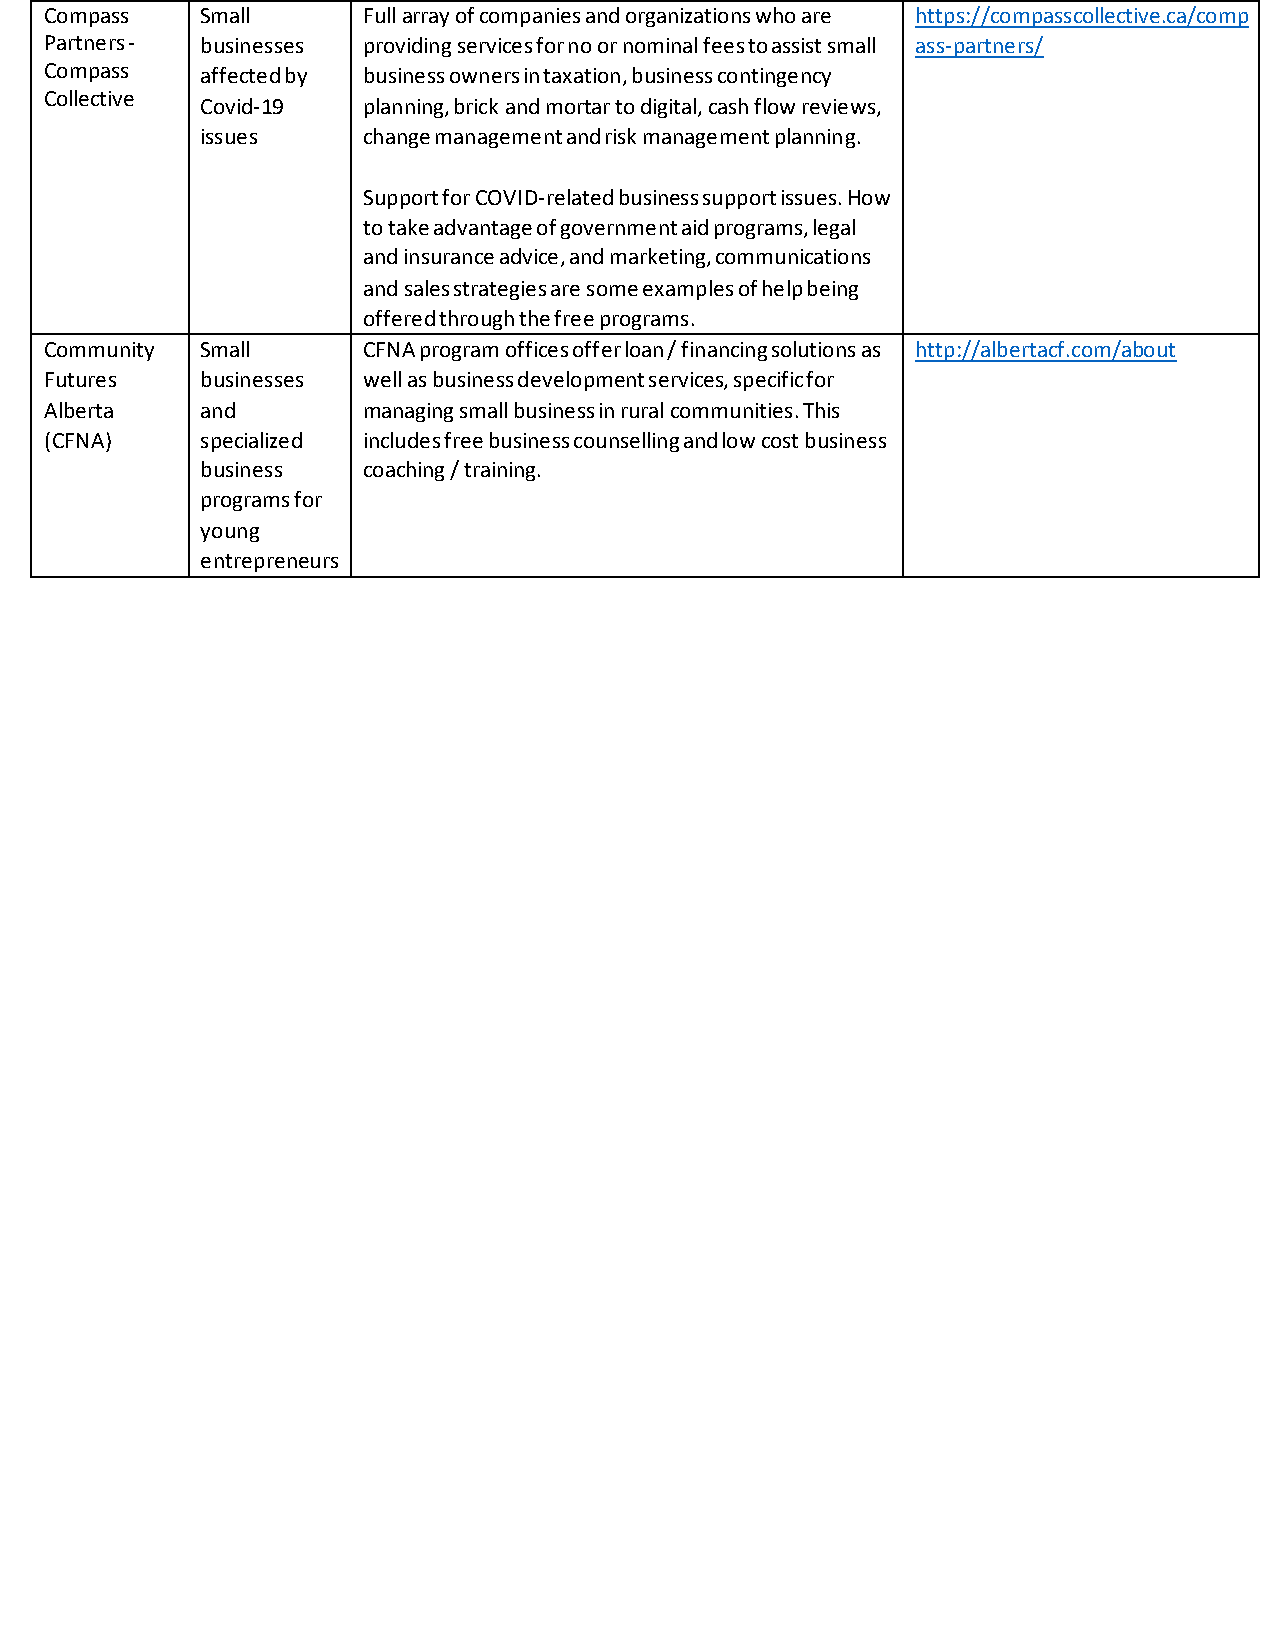
Compass   Small      Full array of companies and organizations who are https://compasscollective.ca/comp
 Partners - businesses providing services for no or nominal fees to assist small ass-partners/
 Compass   affected by business owners in taxation, business contingency
 Collective
 Covid-19   planning, brick and mortar to digital, cash flow reviews,
 issues     change management and risk management planning.
 Support for COVID-related business support issues. How
 to take advantage of government aid programs, legal
 and insurance advice, and marketing, communications
 and sales strategies are some examples of help being
 offered through the free programs.
 Community Small      CFNA program offices offer loan / financing solutions as http://albertacf.com/about
 Futures   businesses well as business development services, specific for
 Alberta   and        managing small business in rural communities. This
 (CFNA)    specialized includes free business counselling and low cost business
 business   coaching / training.
 programs for
 young
 entrepreneurs